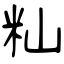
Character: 籼